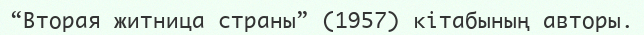
“Вторая житница страны” (1957) кітабының авторы.